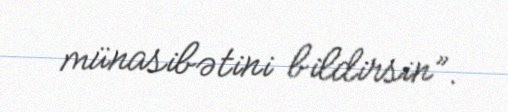
münasibətini bildirsin”.